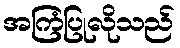
အကြံပြုလိုသည်